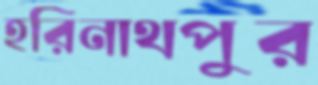
হরিনাথপুর